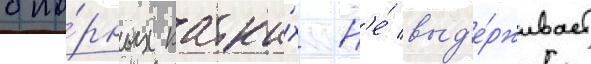
опо́рных катка́х н'е́ выд'е́рживает